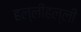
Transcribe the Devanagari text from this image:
हल्लीहल्ली